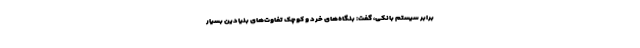
برابر سیستم بانکی، گفت: بنگاه‌های خرد و کوچک تفاوت‌های بنیادین بسیار